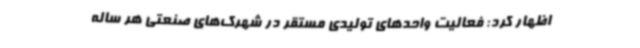
اظهار کرد: فعالیت واحدهای تولیدی‌ مستقر در شهرک‌های صنعتی هر ساله